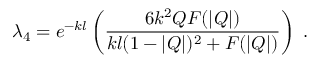
\lambda _ { 4 } = e ^ { - k l } \left( \frac { 6 k ^ { 2 } Q F ( | Q | ) } { k l ( 1 - | Q | ) ^ { 2 } + F ( | Q | ) } \right) \; .